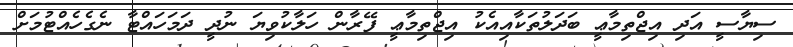
ސިޔާސީ އަދި އިޖްތިމާޢީ ބަދަލުތަކާއިއެކު އިޖްތިމާޢީ ފޭރާން ހަލާކުވިޔަ ނުދީ ދަމަހައްޓާ ނެގެހެއްޓުމަށް